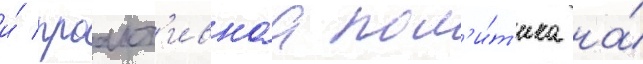
и́ проакт'ивнаа пол'и́т'ика на́